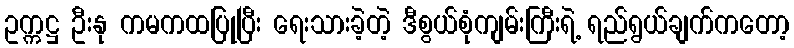
ဥက္ကဋ္ဌ ဦးနု ကမကထပြုပြီး ရေးသားခဲ့တဲ့ ဒီစွယ်စုံကျမ်းကြီးရဲ့ ရည်ရွယ်ချက်ကတော့